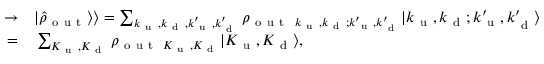
\begin{array} { r l } { \rightarrow } & { { } \vert \hat { \rho } _ { \mathrm { ~ o ~ u ~ t ~ } } \rangle \rangle = \sum _ { k _ { \mathrm { ~ u ~ } } , k _ { \mathrm { ~ d ~ } } , k _ { \mathrm { ~ u ~ } } ^ { \prime } , k _ { \mathrm { ~ d ~ } } ^ { \prime } } \rho _ { \mathrm { ~ o ~ u ~ t ~ } ~ k _ { \mathrm { ~ u ~ } } , k _ { \mathrm { ~ d ~ } } ; k _ { \mathrm { ~ u ~ } } ^ { \prime } , k _ { \mathrm { ~ d ~ } } ^ { \prime } } \vert k _ { \mathrm { ~ u ~ } } , k _ { \mathrm { ~ d ~ } } ; k _ { \mathrm { ~ u ~ } } ^ { \prime } , k _ { \mathrm { ~ d ~ } } ^ { \prime } \rangle } \\ { = } & { { } \sum _ { K _ { \mathrm { ~ u ~ } } , K _ { \mathrm { ~ d ~ } } } \rho _ { \mathrm { ~ o ~ u ~ t ~ } ~ K _ { \mathrm { ~ u ~ } } , K _ { \mathrm { ~ d ~ } } } \vert K _ { \mathrm { ~ u ~ } } , K _ { \mathrm { ~ d ~ } } \rangle , } \end{array}